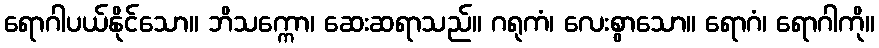
ရောဂါပယ်နိုင်သော။ ဘိသက္ကော၊ ဆေးဆရာသည်။ ဂရုကံ၊ လေးစွာသော။ ရောဂံ၊ ရောဂါကို။